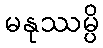
မနုဿမ္ပိ